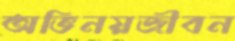
অভিনয়জীবন